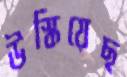
উস্‌কিয়েছ